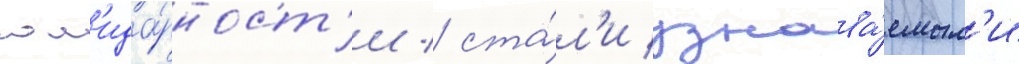
сол'ида́рност'и / ста́л'и узнава́емым'и